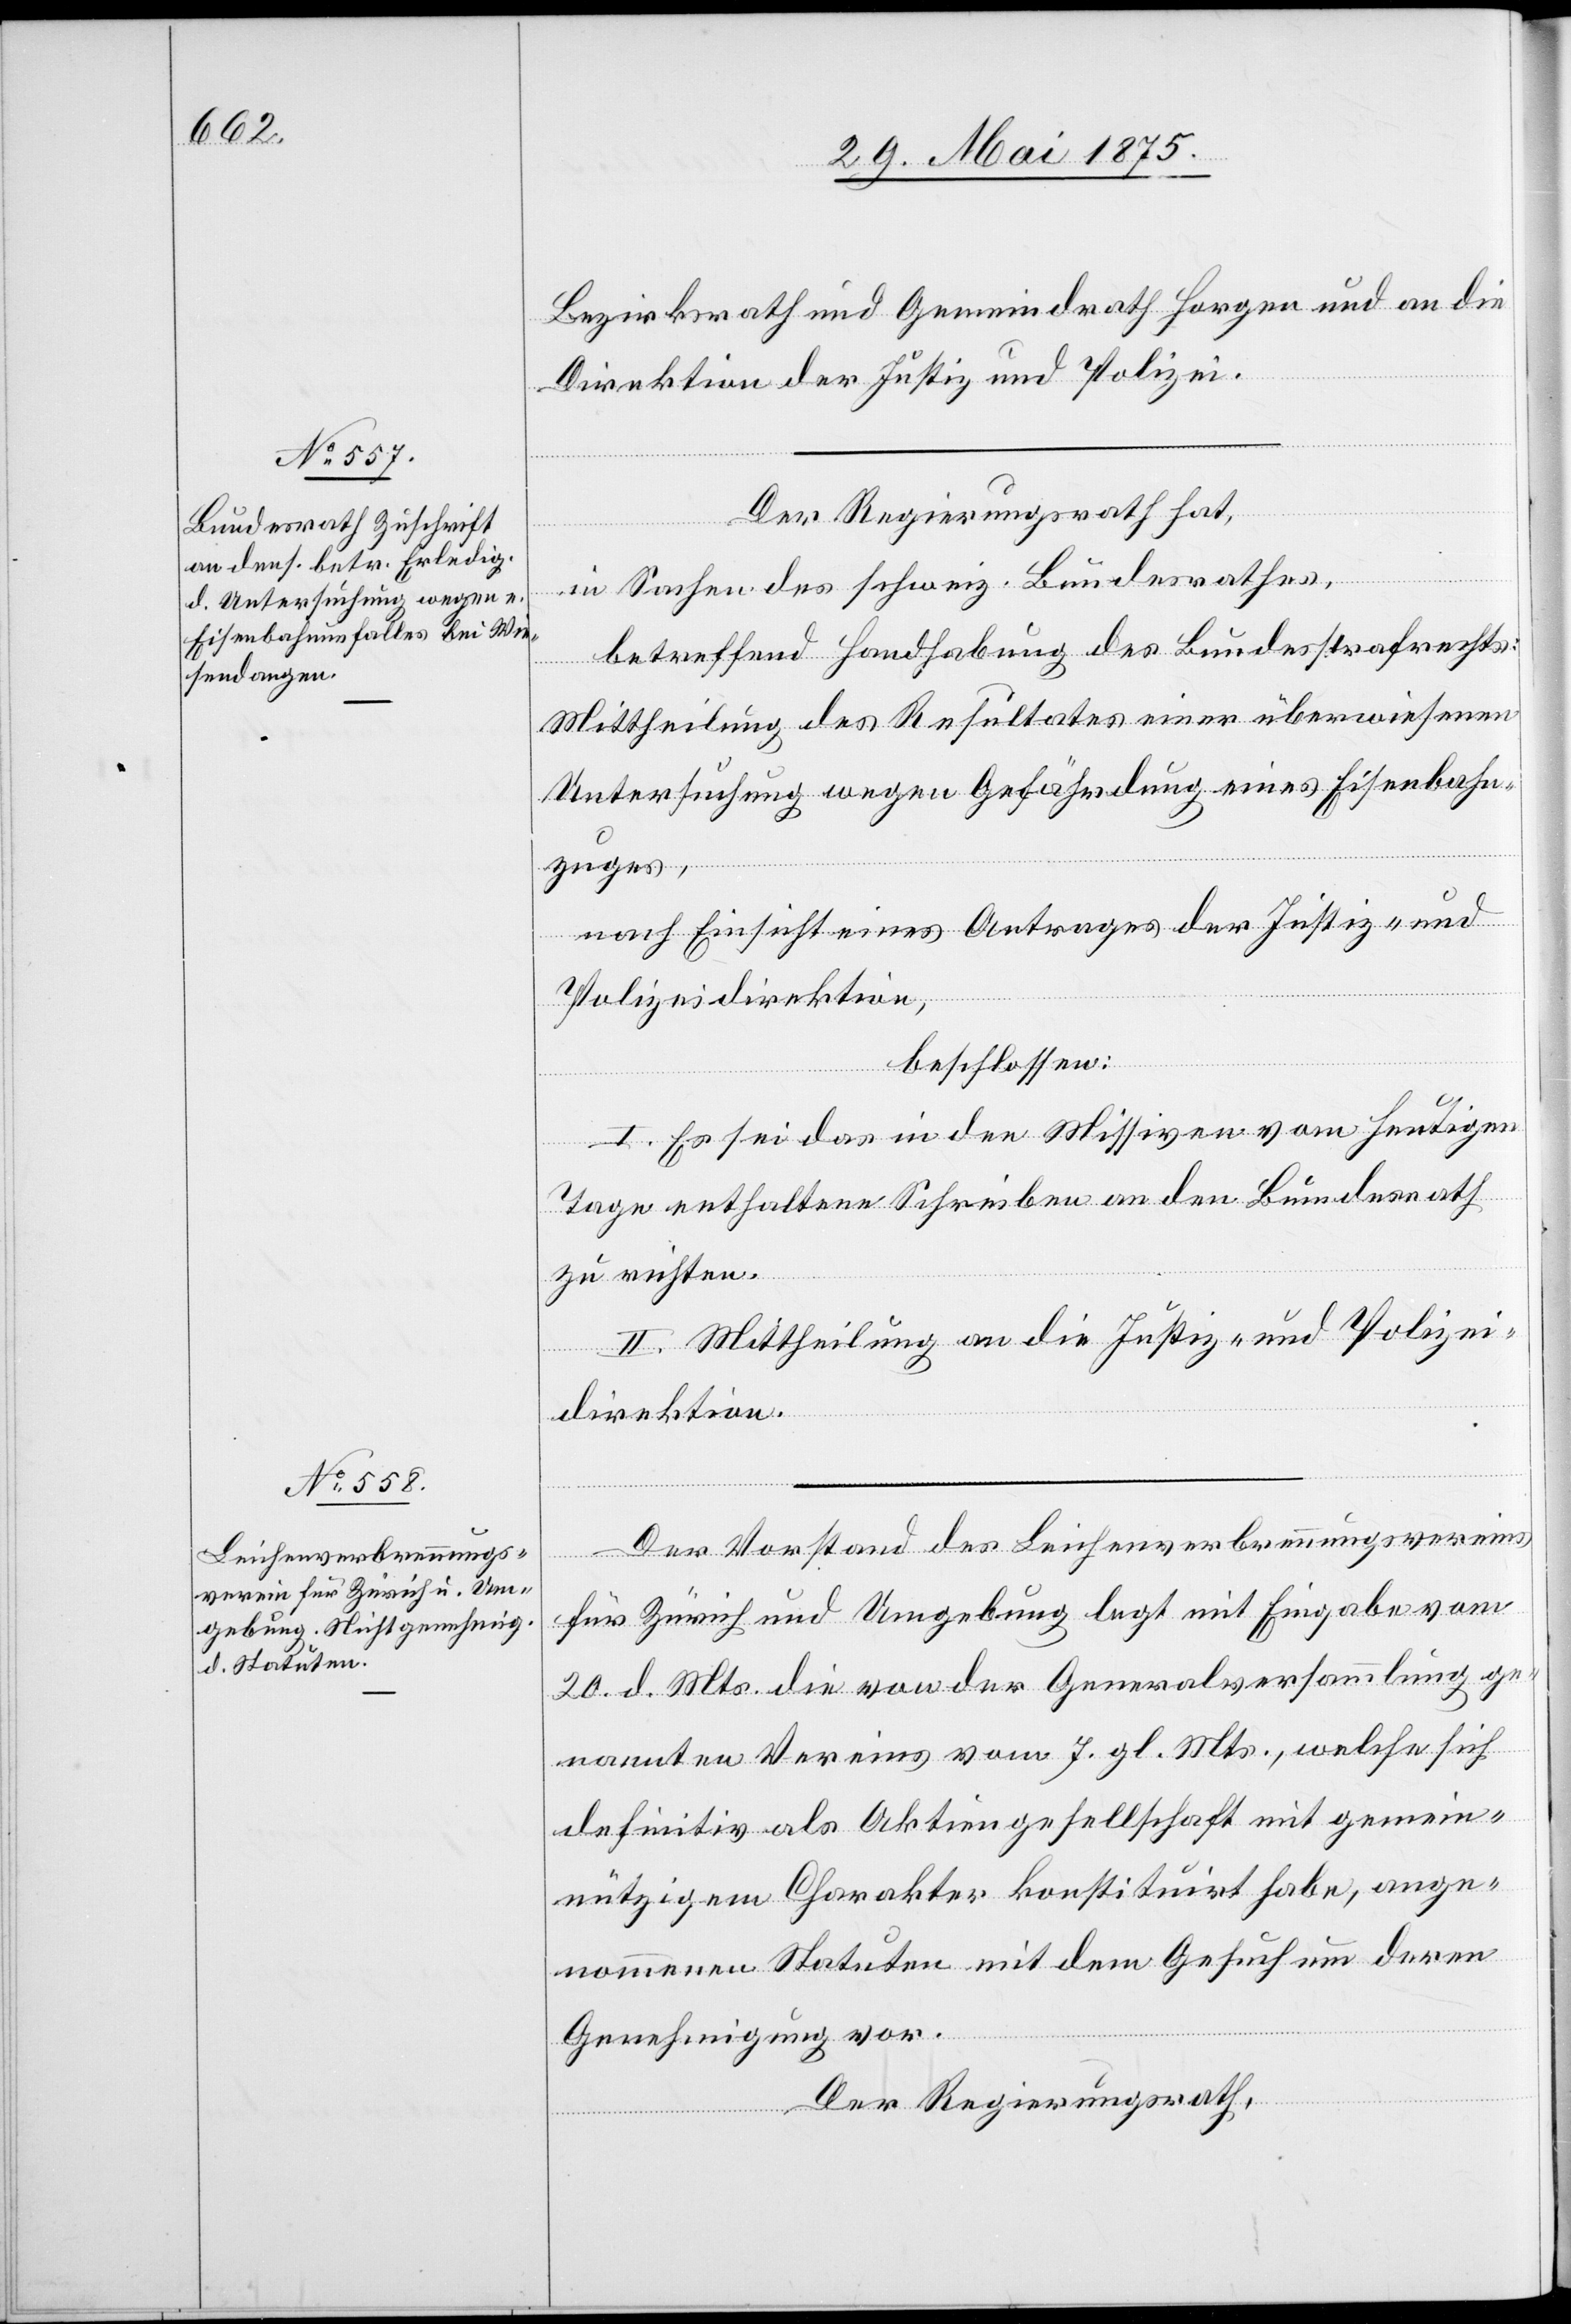
Bezirksrath und Gemeindrath Horgen und an die
Direktion der Justiz und Polizei.
Der Regierungsrath hat,
in Sachen des schweiz. Bundesrathes,
betreffend Handhabung des Bundesstrafrechts,
Mittheilung des Resultates einer überwiesenen
Untersuchung wegen Gefährdung eines Eisenbahn¬
zuges,
nach Einsicht eines Antrages der Justiz- und
Polizeidirektion,
beschlossen:
I. Es sei das in den Missiven vom heutigen
Tage enthaltene Schreiben an den Bundesrath
zu richten.
II. Mittheilung an die Justiz- und Polizei¬
direktion.
Der Vorstand des Leichenverbrennungsvereins
für Zürich und Umgebung legt mit Eingabe vom
20. d. Mts. die von der Generalversammlung ge¬
nannten Vereins vom 7. gl. Mts., welche sich
definitiv als Aktiengesellschaft mit gemein¬
nützigem Charakter konstituirt habe, ange¬
nommenen Statuten mit dem Gesuch um deren
Genehmigung vor.
Der Regierungsrath,